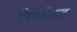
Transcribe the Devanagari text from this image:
टैल्बॉयज़